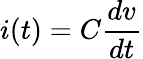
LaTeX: i(t)=C\frac{dv}{dt}